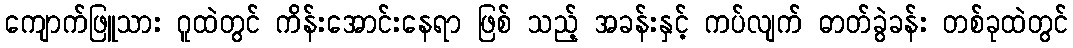
ကျောက်ဖြူသား ဂူထဲတွင် ကိန်းအောင်းနေရာ ဖြစ် သည့် အခန်းနှင့် ကပ်လျက် ဓာတ်ခွဲခန်း တစ်ခုထဲတွင်